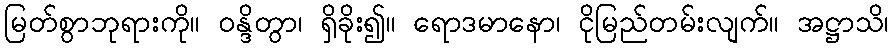
မြတ်စွာဘုရားကို။ ဝန္ဒိတွာ၊ ရှိခိုး၍။ ရောဒမာနော၊ ငိုမြည်တမ်းလျက်။ အဋ္ဌာသိ၊